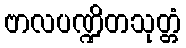
ဗာလပဏ္ဍိတသုတ္တံ